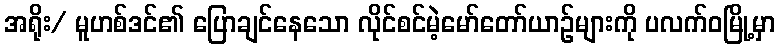
အရိုး/ မူဟစ်ဒင်၏ ပြောချင်နေသော လိုင်စင်မဲ့မော်တော်ယာဉ်များကို ပလက်ဝမြို့မှာ